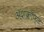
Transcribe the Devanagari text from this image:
अॅशक्रॉफ्ट